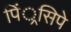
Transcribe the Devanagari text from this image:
पिं्रसिपे